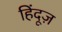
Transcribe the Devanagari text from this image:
हिंदूज़